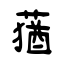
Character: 蕕